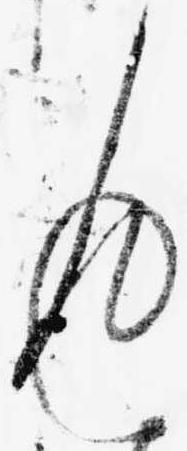
返